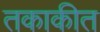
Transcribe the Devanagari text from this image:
तकाकीत